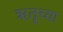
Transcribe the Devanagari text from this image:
ॠतूच्या